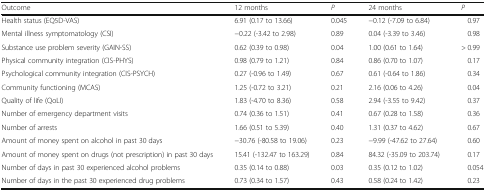
| Outcome | 12 months | P | 24 months | P |
 | --- | --- | --- | --- | --- |
 | Health status (EQ5D-VAS) | 6.91 (0.17 to 13.66) | 0.045 | −0.12 (-7.09 to 6.84) | 0.97 |
 | Mental illness symptomatology (CSI) | −0.22 (-3.42 to 2.98) | 0.89 | 0.04 (-3.39 to 3.46) | 0.98 |
 | Substance use problem severity (GAIN-SS) | 0.62 (0.39 to 0.98) | 0.04 | 1.00 (0.61 to 1.64) | > 0.99 |
 | Physical community integration (CIS-PHYS) | 0.98 (0.79 to 1.21) | 0.84 | 0.86 (0.70 to 1.07) | 0.17 |
 | Psychological community integration (CIS-PSYCH) | 0.27 (-0.96 to 1.49) | 0.67 | 0.61 (-0.64 to 1.86) | 0.34 |
 | Community functioning (MCAS) | 1.25 (-0.72 to 3.21) | 0.21 | 2.16 (0.06 to 4.26) | 0.04 |
 | Quality of life (QoLI) | 1.83 (-4.70 to 8.36) | 0.58 | 2.94 (-3.55 to 9.42) | 0.37 |
 | Number of emergency department visits | 0.74 (0.36 to 1.51) | 0.41 | 0.67 (0.28 to 1.58) | 0.36 |
 | Number of arrests | 1.66 (0.51 to 5.39) | 0.40 | 1.31 (0.37 to 4.62) | 0.67 |
 | Amount of money spent on alcohol in past 30 days | −30.76 (-80.58 to 19.06) | 0.23 | −9.99 (-47.62 to 27.64) | 0.60 |
 | Amount of money spent on drugs (not prescription) in past 30 days | 15.41 (-132.47 to 163.29) | 0.84 | 84.32 (-35.09 to 203.74) | 0.17 |
 | Number of days in past 30 experienced alcohol problems | 0.35 (0.14 to 0.88) | 0.03 | 0.35 (0.12 to 1.02) | 0.054 |
 | Number of days in the past 30 experienced drug problems | 0.73 (0.34 to 1.57) | 0.43 | 0.58 (0.24 to 1.42) | 0.23 |